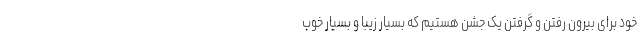
خود برای بیرون رفتن و گرفتن یک جشن هستیم که بسیار زیبا و بسیار خوب